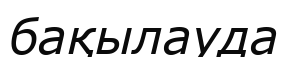
бақылауда